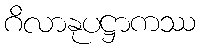
ဂိလာနုပဋ္ဌာကဿ